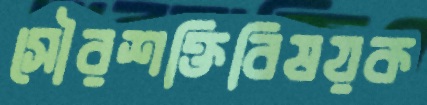
সৌরশক্তিবিষয়ক